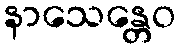
နာသေန္တေဝ